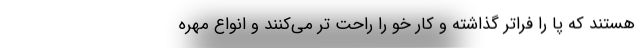
هستند که پا را فراتر گذاشته و کار خو را راحت تر می‌کنند و انواع مهره